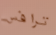
ترافس